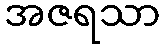
အဇရသာ